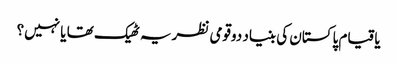
یاقیام پاکستان کی بنیاد دوقومی نظریہ ٹھیک تھا یا نہیں؟